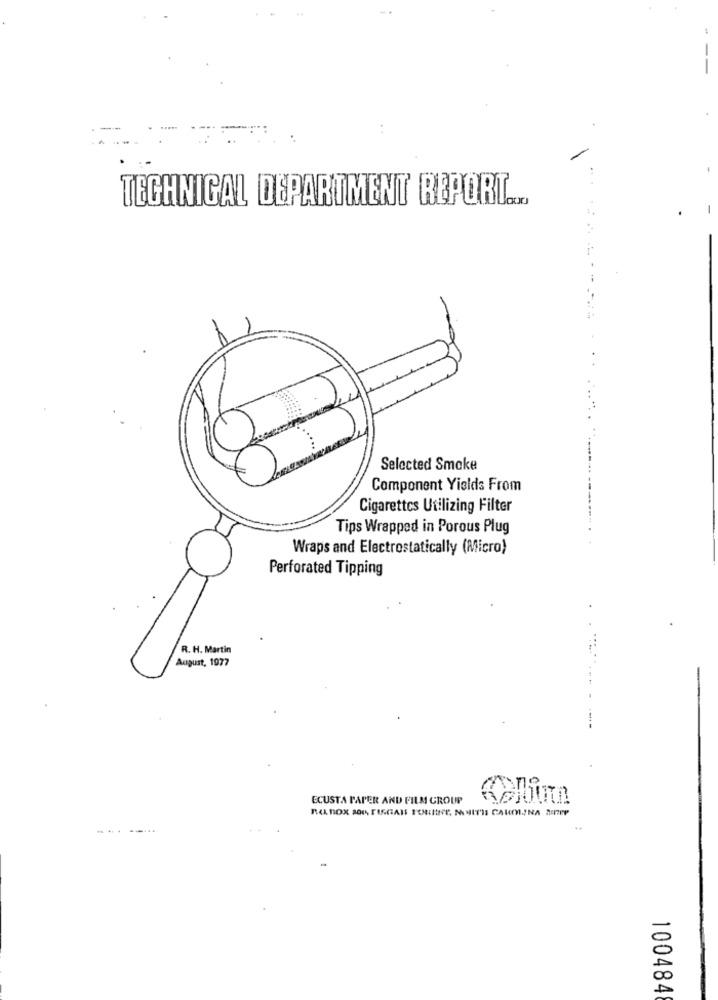
TECHNICAL DEPARTMENT REPORT ..
Selected Smoke
Component Yields From
Cigarettes Utilizing Filter
Tips Wrapped in Porous Plug
Wraps and Electrostatically (Micro)
Perforated Tipping
R. H. Martin
August, 1977
ECUSTA PAPER AND FILM GROUP
RO BOX 100 FISCAIS FOUINE. NULTH CAMMINA APP
100484